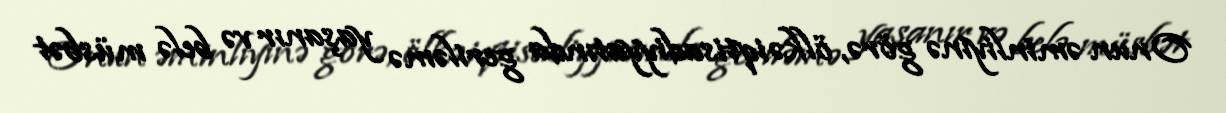
Onun əminliyinə görə, ölkə iqtisadiyyatında geriləmə yaşanır və belə müsbət